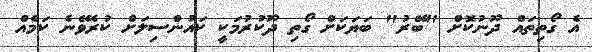
އެ ގޯތިތައް ދޫނުކޮށް "ބޭރު" ބަޔަކަށް ގޯތި ދޫކުރުމަކީ ކައުންސިލަށް ކުރެވޭނެ ކަމެއް